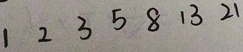
1 2 3 5 8 1 3 2 1